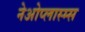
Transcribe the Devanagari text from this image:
नेओप्लास्म्स